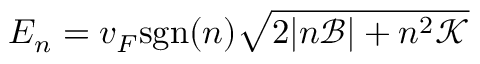
E _ { n } = v _ { F } \mathrm { s g n } ( n ) \sqrt { 2 | n \mathcal { B } | + n ^ { 2 } \mathcal { K } }